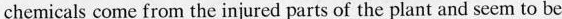
chemicals come from the injured parts of the plant and seem to be